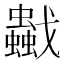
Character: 𧔼